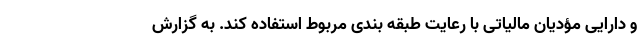
و دارایی مؤدیان مالیاتی با رعایت طبقه بندی مربوط استفاده کند. به گزارش